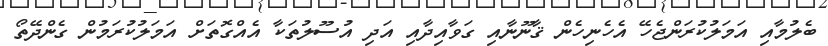
ބެލުމާއި އަމަލުކުރަންޖެހޭ އެހެނިހެން ޤާނޫނާއި ގަވާއިދާއި އަދި އުސޫލުތަކާ އެއްގޮތަށް އަމަލުކުރަމުން ގެންދޭތޯ